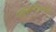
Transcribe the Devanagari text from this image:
एसडब्ल्यूएएलईसी